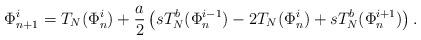
LaTeX: \begin{align*}\Phi_{n+1}^i=T_N(\Phi_n^i)+\frac{a}{2} \left(sT_N^b(\Phi_n^{i-1})-2T_N(\Phi_n^i)+sT_N^b(\Phi_n^{i+1}) \right) .\end{align*}